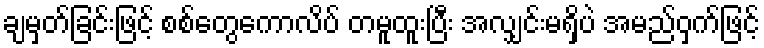
ချမှတ်ခြင်းဖြင့် စစ်တွေကောလိပ် တမူထူးပြီး အလျှင်းမရှိပဲ အမည်ဝှက်ဖြင့်